Report of the Indian Hemp Drugs Commission, 1894-1895 - Volume V
Year: 1894
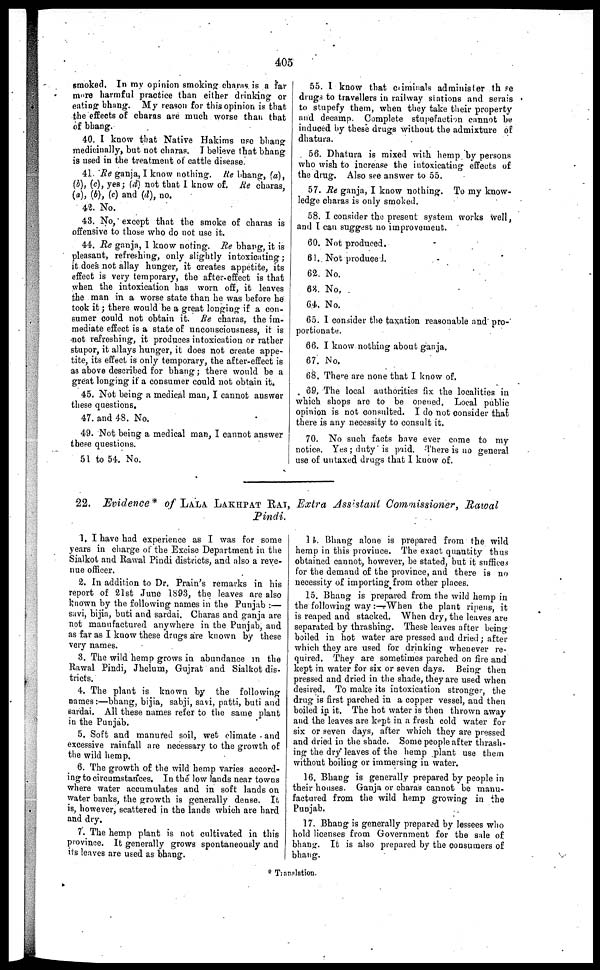
405
smoked. In my opinion smoking charas is a far
more harmful practice than either drinking or
eating bhang. My reason for this opinion is that
the effects of charas are much worse than that
of bhang.
40. I know that Native Hakims use bhang
medicinally, but not charas. I believe that bhang
is used in the treatment of cattle disease.
41. Re ganja, I know nothing. Re bhang, (a),
(b), (c), yes; (d) not that 1 know of. Re charas,
(a), (b), (c) and (d), no.
42. No.
48. No, except that the smoke of charas is
offensive to those who do not use it.
44. Re ganja, I know noting. Re bhang, it is
pleasant, refreshing, only slightly intoxicating;
it does not allay hunger, it creates appetite, its
effect is very temporary, the after effect is that
when the intoxication has worn off, it leaves
the man in a worse state than he was before he
took it; there would be a great longing if a con-
sumer could not obtain it. Re charas, the im-
mediate effect is a state of unconsciousness, it is
not refreshing, it produces intoxication or rather
stupor, it allays hunger, it does not create appe-
tite, its effect is only temporary, the after-effect is
as above described for bhang; there would be a
great longing if a consumer could not obtain it.
45. Not being a medical man, I cannot answer
these questions.
47. and 48. No.
49. Not being a medical man, I cannot answer
these questions.
51 to 54. No.
55. I know that criminals administer those
drugs to travellers in railway stations and serais
to stupefy them, when they take their property
and decamp. Complete stupefaction cannot be
induced by these drugs without the admixture of
dhatura.
56. Dhatura is mixed with hemp by persons
who wish to increase the intoxicating effects of
the drug. Also see answer to 55.
57. Re ganja, I know nothing. To my know-
ledge charas is only smoked.
58. I consider the present system works well,
and I can suggest no improvement.
60. Not produced.
61. Not produced.
62. No.
68.
No.
64.
No.
65. I consider the taxation reasonable and pro-
portionate.
66. I know nothing about ganja.
67. No.
68. There are none that I know of.
69. The local authorities fix the localities in
which shops are to be onened. Local public
opinion is not consulted. I do not consider that
there is any necessity to consult it.
70. No such facts have ever come to my
notice. Yes; duty is paid. There is no general
use of untaxed drugs that I know of.
22. Evidence* of LALA LAKHPAT RAI, Extra Assistant Commissioner, Rawal
Pindi.
1. I have had experience as I was for some
years in charge of the Excise Department in the
Sialkot and Rawal Pindi districts, and also a reve-
nue officer.
2. In addition to Dr. Prain's remarks in his
report of 21st June 1893, the leaves are also
known by the following names in the Punjab:—
savi, bijia, buti and sardai. Charas and ganja are
not manufactured anywhere in the Punjab, and
as far as I know these drugs are known by these
very names.
3. The wild hemp grows in abundance in the
Rawal Pindi, Jhelum, Gujrat and Sialkot dis-
tricts.
4. The plant is known by the following
names:—bhang, bijia, sabji, savi, patti, buti and
sardai. All these names refer to the same plant
in the Punjab.
5. Soft and manured soil, wet climate and
excessive rainfall are necessary to the growth of
the wild hemp.
6. The growth of the wild hemp varies accord-
ing to circumstances. In the low lands near towns
where water accumulates and in soft lands on
water banks, the growth is generally dense. It
is, however, scattered in the lands which are hard
and dry.
7. The hemp plant is not cultivated in this
province. It generally grows spontaneously and
its leaves are used as bhang.
14 . Bhang alone is prepared from the wild
hemp in this province. The exact quantity thus
obtained cannot, however, be stated, but it suffices
for the demand of the province, and there is no
necessity of importing from other places.
15. Bhang is prepared from the wild hemp in
the following way:—When the plant ripens, it
is reaped and stacked. When dry, the leaves are
separated by thrashing. These leaves after being
boiled in hot water are pressed and dried; after
which they are used for drinking whenever re-
quired. They are sometimes parched on fire and
kept in water for six or seven days. Being then
pressed and dried in the shade, they are used when
desired. To make its intoxication stronger, the
drug is first parched in a copper vessel, and then
boiled in it. The hot water is then thrown away
and the leaves are kept in a fresh cold water for
six or seven days, after which they are pressed
and dried in the shade. Some people after thrash-
ing the dry" leaves of the hemp plant use them
without boiling or immersing in water.
16. Bhang is generally prepared by people in
their houses. Ganja or charas cannot be manu-
factured from the wild hemp growing in the
Punjab.
17. Bhang is generally prepared by lessees who
hold licenses from Government for the sale of
bhang. It is also prepared by the consumers of
bhang.
* Translation.